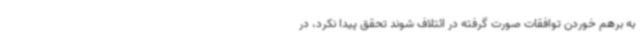
به برهم خوردن توافقات صورت گرفته در ائتلاف شوند تحقق پیدا نکرد، در